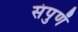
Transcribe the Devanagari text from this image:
संपुणॅ